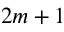
2 m + 1